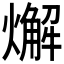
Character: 𤐃